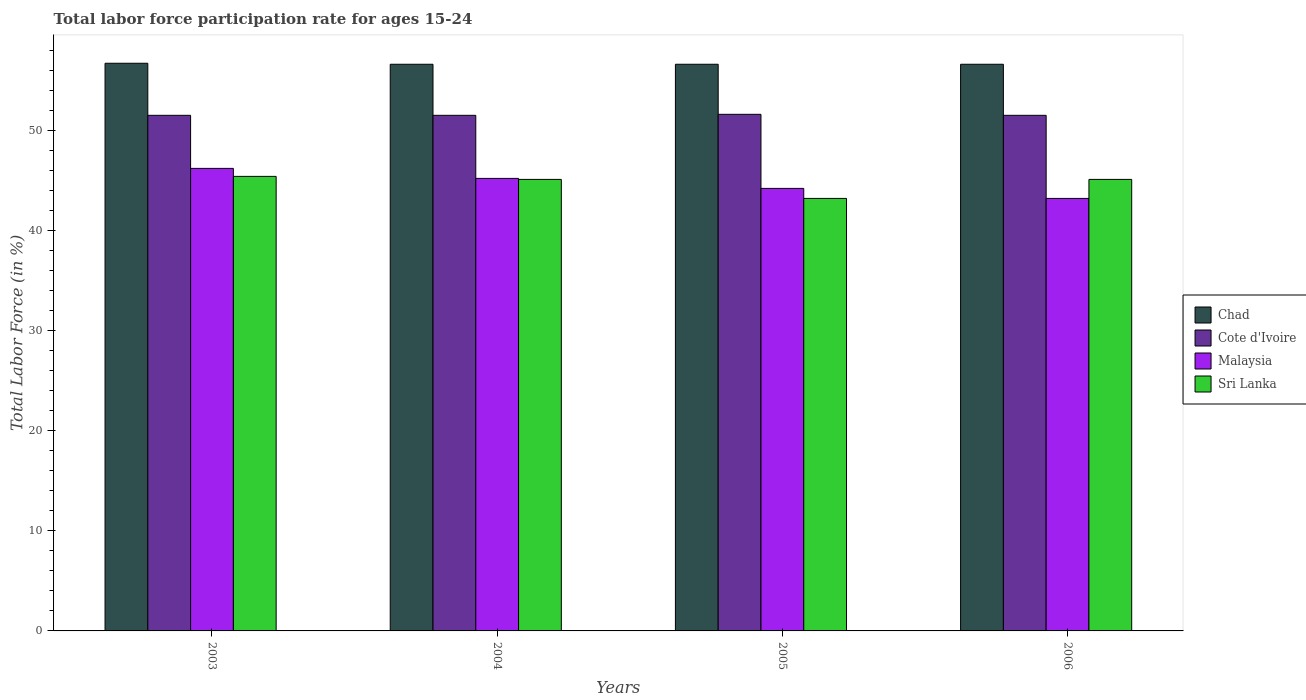
| Years | Chad | Cote d'Ivoire | Malaysia | Sri Lanka |
 | --- | --- | --- | --- | --- |
 | 2003 | 56.7 | 51.5 | 46.2 | 45.4 |
 | 2004 | 56.6 | 51.5 | 45.2 | 45.1 |
 | 2005 | 56.6 | 51.6 | 44.2 | 43.2 |
 | 2006 | 56.6 | 51.5 | 43.2 | 45.1 |